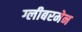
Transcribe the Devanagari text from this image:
ग्लीबरमेन